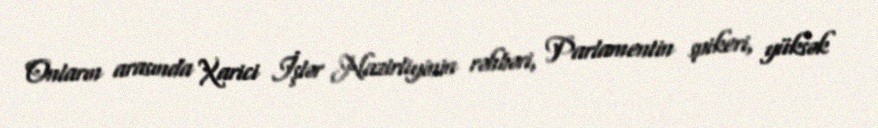
Onların arasında Xarici İşlər Nazirliyinin rəhbəri, Parlamentin spikeri, yüksək